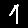
Digit: 1